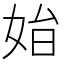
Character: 𡜗